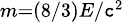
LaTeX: \scriptstyle{m=(8/3)E/\mathtt{c}^{2}}